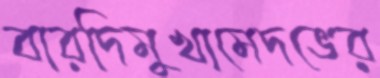
বারদিমুখামেদভের